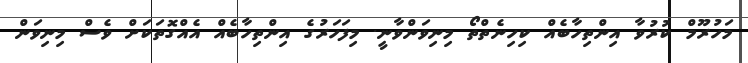
މަހުރޫމް ކުރުވާ އިންތިހާބެއް ކިހިނެތްތޯ މިނިވަންވާނީ. މިފަހަރުގެ އިންތިހާބެއް އެއްގޮތަކަށް ވެސް މިނިވަން